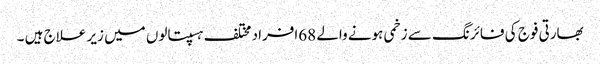
بھارتی فوج کی فائرنگ سے زخمی ہونے والے 68افراد مختلف ہسپتالوں میں زیر علاج ہیں ۔